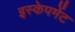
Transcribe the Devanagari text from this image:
इस्केपमेंट